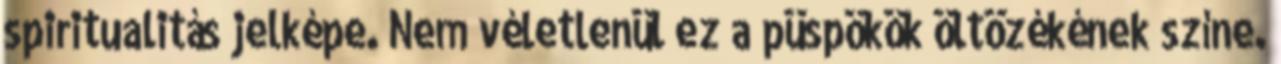
spiritualitás jelképe. Nem véletlenül ez a püspökök öltözékének színe.